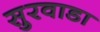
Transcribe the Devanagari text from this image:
सुरवाडा